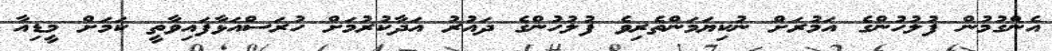
އެންގުމުން ފުލުހުންގެ އަމުރަށް ނުކިޔަމަންތެރިވެ ފުލުހުންގެ ދައުރު އަދާކުރުމަށް ހުރަސްއަޅާފައިވާތީ ކަމަށް މީޑިއާ